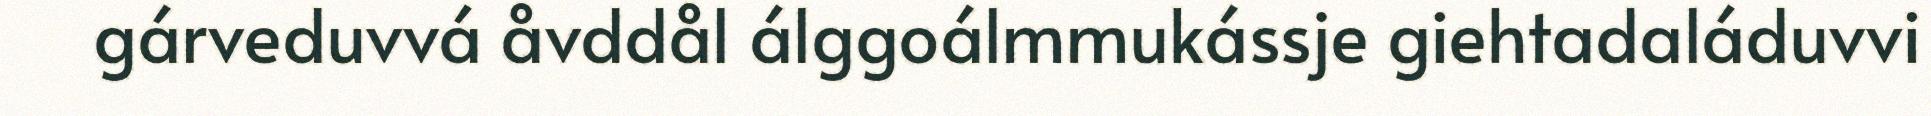
gárveduvvá åvddål álggoálmmukássje giehtadaláduvvi